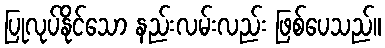
ပြုလုပ်နိုင်သော နည်းလမ်းလည်း ဖြစ်ပေသည်။